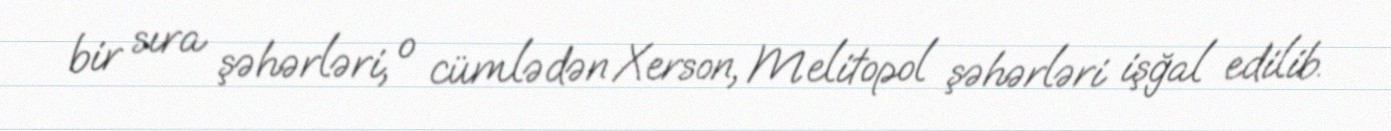
bir sıra şəhərləri, o cümlədən Xerson, Melitopol şəhərləri işğal edilib.